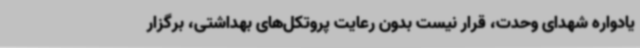
یادواره شهدای وحدت، قرار نیست بدون رعایت پروتکل‌های بهداشتی، برگزار